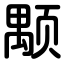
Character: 颙